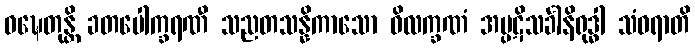
ဝဍ္ဎေတုန္တိ ခတပေါက္ခရဏီ သညတသန္နိကာသော ဝိလက္ခဏံ အပ္ပဋိသင်္ခါနိရုဒ္ဓါ သံဝရာတိ